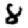
Digit: 8